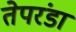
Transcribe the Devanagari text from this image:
तेपरंडा